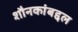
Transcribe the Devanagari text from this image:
शौनकांबद्दल